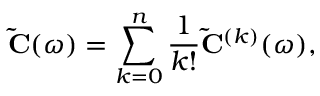
\mathbf { \tilde { C } } ( \omega ) = \sum _ { k = 0 } ^ { n } \frac { 1 } { k ! } \mathbf { \tilde { C } } ^ { ( k ) } ( \omega ) ,